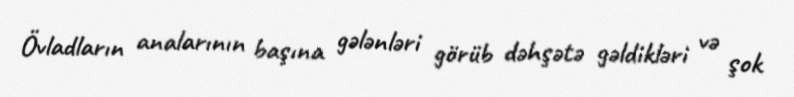
Övladların analarının başına gələnləri görüb dəhşətə gəldikləri və şok